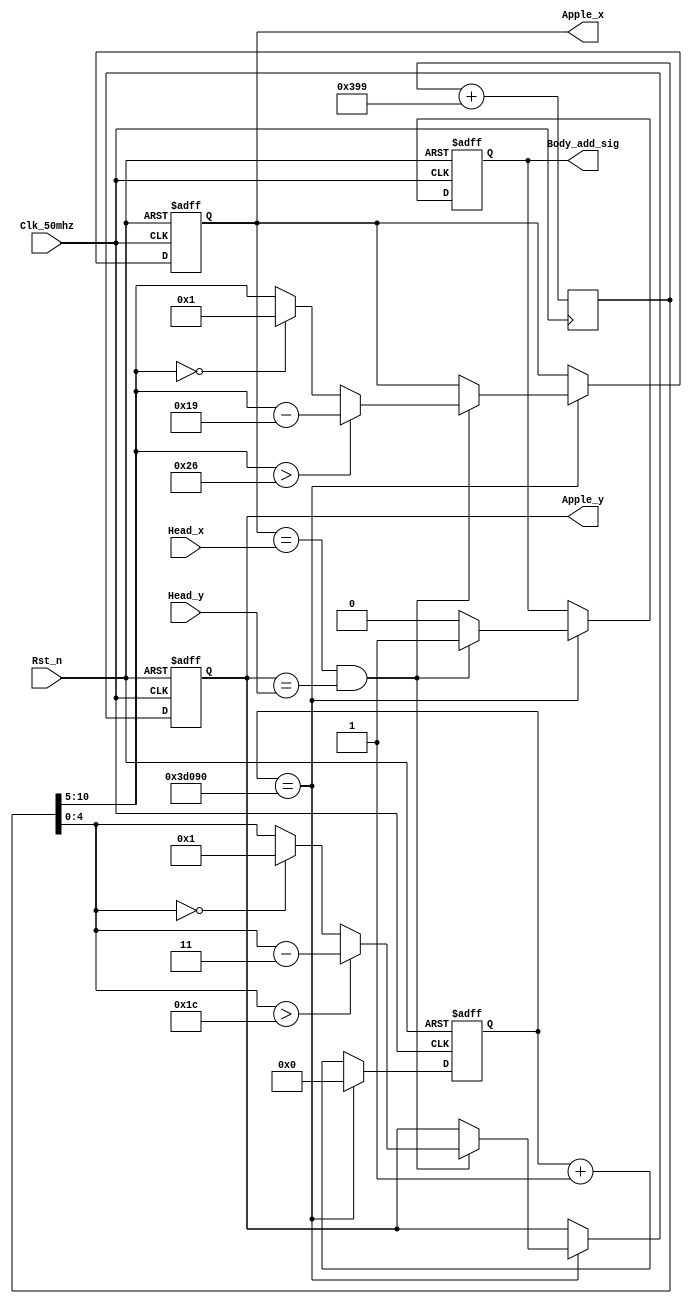
// This program was cloned from: https://github.com/Manistein/let-us-build-a-computer-system
// License: MIT License

module Apple_generate_module//
(
	input Clk_50mhz,//50MHZ
	input Rst_n,//
	
	input [5:0] Head_x,//X
	input [5:0] Head_y,//Y
	
	output reg [5:0] Apple_x,//X
	output reg [4:0] Apple_y,//Y

	output reg Body_add_sig//
);
/***************************************************************************/
	reg [31:0] Count1;//32
	reg [10:0] Random_num;//116X 5Y
	
	always@(posedge Clk_50mhz)
	begin	
		Random_num <= Random_num + 11'd921;  //+921
	end												 //
	
	always@(posedge Clk_50mhz or negedge Rst_n)
	begin
		if(!Rst_n)
		begin
			Count1 <= 32'd0;//
			
			Apple_x <= 6'd28;//
			Apple_y <= 5'd13;//X,Y
			
			Body_add_sig <= 1'd0;//0
		end
		else	if(Count1 == 32'd250_000)//0.5
				begin
					Count1 <= 32'd0;
					if((Apple_x == Head_x) && (Apple_y == Head_y))//,
					begin//X Y
						Body_add_sig <= 1'd1;
						Apple_x <= (Random_num[10:5]> 6'd38)?		(Random_num[10:5] - 6'd25)		:		((Random_num[10:5] == 6'd0)?		6'd1		:		Random_num[10:5]);
						Apple_y <= (Random_num[4:0] > 5'd28)?		(Random_num[4:0] - 5'd3)		:		((Random_num[4:0] == 5'd0)?		5'd1		:		Random_num[4:0]);
					end   
					else
						Body_add_sig <= 1'd0;
				end
		else
			Count1 <= Count1 + 32'd1;
	end
endmodule